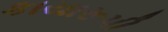
કાયારૂપી